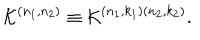
{ \cal K } ^ { \left( n _ { 1 } , n _ { 2 } \right) } \equiv { \cal K } ^ { \left( n _ { 1 } , k _ { 1 } \right) \left( n _ { 2 } , k _ { 2 } \right) } .